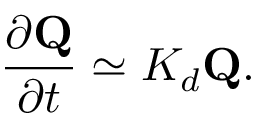
\frac { \partial { \bf Q } } { \partial t } \simeq { \cal K } _ { d } { \bf Q } .